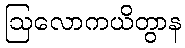
ဩလောကယိတွာန